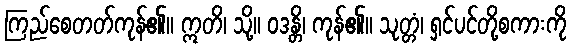
ကြည်စေတတ်ကုန်၏။ ဣတိ၊ သို့။ ဝဒန္တိ၊ ကုန်၏။ သုတ္တံ၊ ရှင်ပင်တို့စကားကို